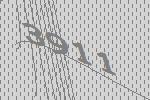
3911